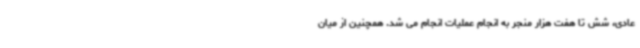
عادی، شش تا هفت هزار منجر به انجام عملیات انجام می شد. همچنین از میان